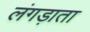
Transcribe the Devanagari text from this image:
लंगड़ाता